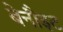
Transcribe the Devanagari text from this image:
बेनौइट